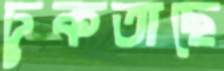
ঢুকতাছে